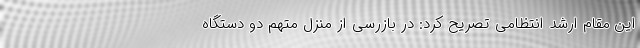
این مقام ارشد انتظامی تصریح کرد: در بازرسی از منزل متهم دو دستگاه